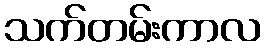
သက်တမ်းကာလ